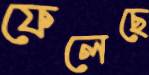
ফেলেছে